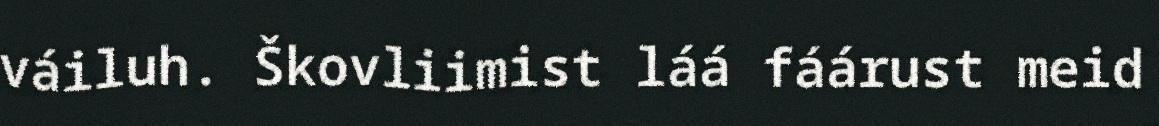
váiluh. Škovliimist láá fáárust meid